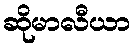
ဆိုမာလီယာ